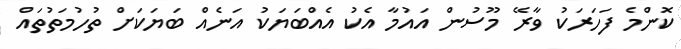
ކޮންމެ ފަހަރަކު ވާރޭ މޫސުން އައުމާ އެކު އެއްބަޔަކު އަނެއް ބަޔަކަށް ތުހުމަތުތައް